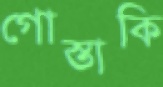
গোস্তাকি